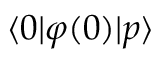
\langle 0 | \varphi ( 0 ) | p \rangle